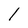
Character: 1